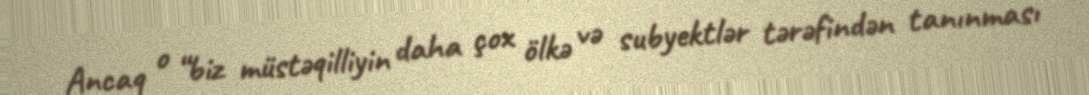
Ancaq o “biz müstəqilliyin daha çox ölkə və subyektlər tərəfindən tanınması